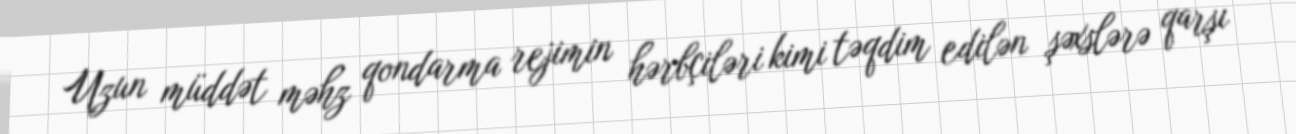
Uzun müddət məhz qondarma rejimin hərbçiləri kimi təqdim edilən şəxslərə qarşı